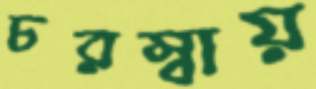
চরম্বায়